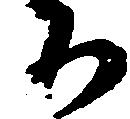
ち